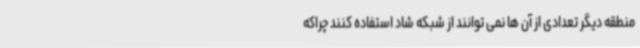
منطقه دیگر تعدادی از آن ها نمی توانند از شبکه شاد استفاده کنند چراکه